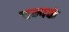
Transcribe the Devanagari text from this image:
चम्पकं